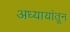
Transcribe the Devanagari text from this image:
अध्यायांतून